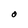
Character: O